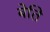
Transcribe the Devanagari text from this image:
बेति